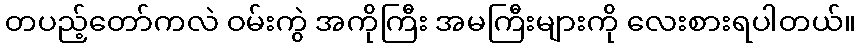
တပည့်တော်ကလဲ ဝမ်းကွဲ အကိုကြီး အမကြီးများကို လေးစားရပါတယ်။